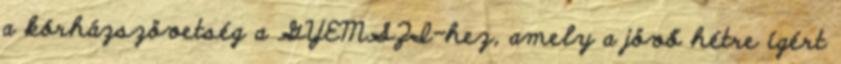
a kórházszövetség a GYEMSZI-hez, amely a jövő hétre ígért